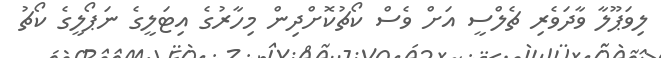
ލިވަޕޫލާ ވާދަވެރި ޗެލްސީ އަށް ވެސް ކޯޗުކޮށްދިން މިހާރުގެ އިޓަލީގެ ނަޕޯލީގެ ކޯޗު